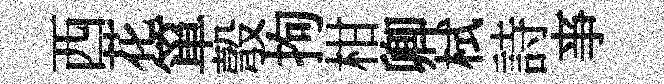
西花箪彀拘柑卿栻詩亊